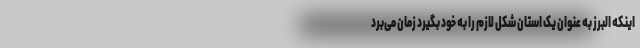
اینکه البرز به عنوان یک استان شکل لازم را به خود بگیرد زمان می‌برد